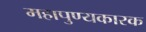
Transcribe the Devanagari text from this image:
महापुण्यकारक